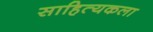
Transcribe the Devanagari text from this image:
साहित्यकला